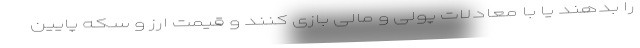
را بدهند یا با معادلات پولی ‌و ‌مالی بازی کنند و قیمت ارز و سکه پایین